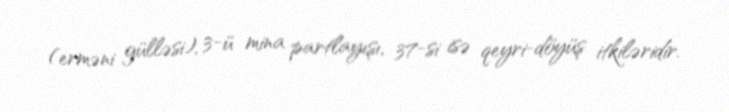
(erməni gülləsi), 3-ü mina partlayışı, 37-si isə qeyri-döyüş itkiləridir.